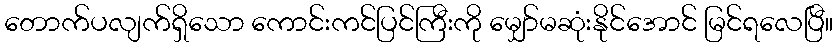
တောက်ပလျက်ရှိသော ကောင်းကင်ပြင်ကြီးကို မျှော်မဆုံးနိုင်အောင် မြင်ရလေပြီ။